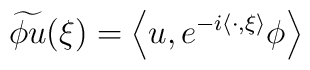
\widetilde{\phi u}(\xi )=\left\langle u,e^{-i\left\langle \cdot ,\xi\right\rangle }\phi \right\rangle